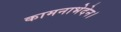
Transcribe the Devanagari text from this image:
कामनाभेदेन।